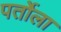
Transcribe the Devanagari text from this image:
पर्तोला